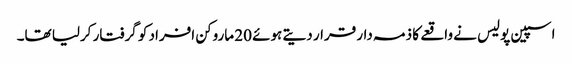
اسپین پولیس نے واقعے کا ذمہ دار قرار دیتے ہوئے 20 ماروکن افراد کو گرفتار کرلیا تھا۔